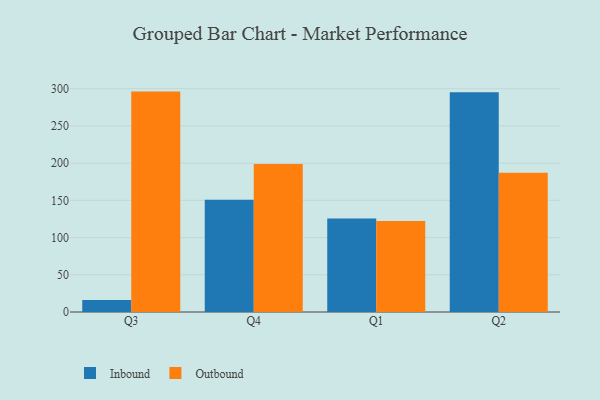
{"axis": {"x": "Quarter", "y": "Temperature (°C)"}, "legend": ["Inbound", "Outbound"], "data": [{"x": "Q3", "y": 16.2, "type": "Inbound"}, {"x": "Q3", "y": 296.1, "type": "Outbound"}, {"x": "Q4", "y": 150.7, "type": "Inbound"}, {"x": "Q4", "y": 199.0, "type": "Outbound"}, {"x": "Q1", "y": 125.5, "type": "Inbound"}, {"x": "Q1", "y": 122.3, "type": "Outbound"}, {"x": "Q2", "y": 295.3, "type": "Inbound"}, {"x": "Q2", "y": 187.1, "type": "Outbound"}]}